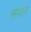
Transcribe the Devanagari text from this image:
लंगडन